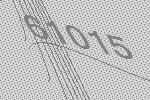
61015